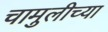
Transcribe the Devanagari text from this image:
चामुलीच्या